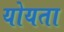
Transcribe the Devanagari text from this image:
योयता